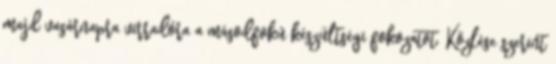
majd vasárnapra virradóra a másodfokú készültségi fokozatot. Közlése szerint